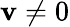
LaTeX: \mathbf{v}\neq0